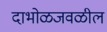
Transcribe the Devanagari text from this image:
दाभोळजवळील